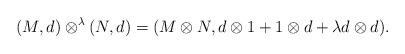
LaTeX: \begin{gather*}(M,d)\otimes^{\lambda}(N,d) = (M\otimes N, d\otimes 1+1\otimes d + \lambda d\otimes d) .\end{gather*}